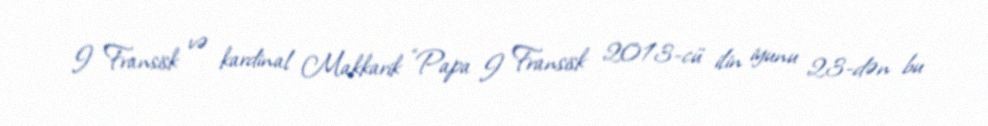
I Fransisk və kardinal Makkarik “Papa I Fransisk 2013-cü ilin iyunu 23-dən bu